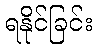
ရနိုင်ခြင်း